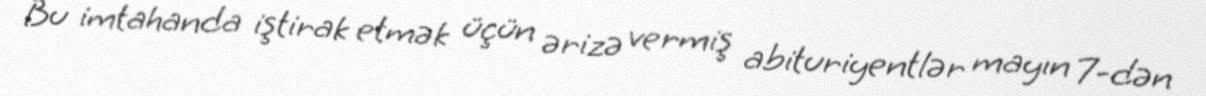
Bu imtahanda iştirak etmək üçün ərizə vermiş abituriyentlər mayın 7-dən